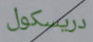
دريسكول